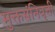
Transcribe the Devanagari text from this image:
मुक्तसंनिवृत्ती